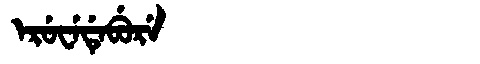
Manchu: ᡝᡵᡠᠸᡝᡩᡝᠪᡠᡵᡝ
Romanization: ERUWEDEBURE